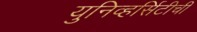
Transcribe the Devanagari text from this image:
युनिव्हर्सिटीची